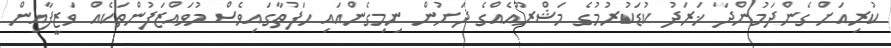
ކުރިއަށް ގެންދަމުންދާ ޚަރަދު ކުޑަކުރުމުގެ މަޝްރޫއެއްގެ ދަށުން ނިމިގެންއައި ހަފުތާގައިވެސް މުވައްޒަފުންތަކެއް ވަޒީފާއިން